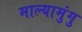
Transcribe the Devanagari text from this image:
माल्यामुंगु